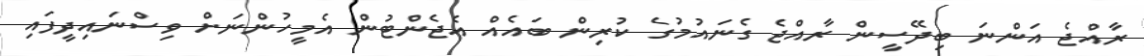
ރާއްޖެ އަންނަ ބިދޭސީން ރާއްޖެ ގެނައުމުގެ ކުރިން ބައެއް އެޖެންޓުން އެމީހުންނަށް ވިސްނައިދީފައި